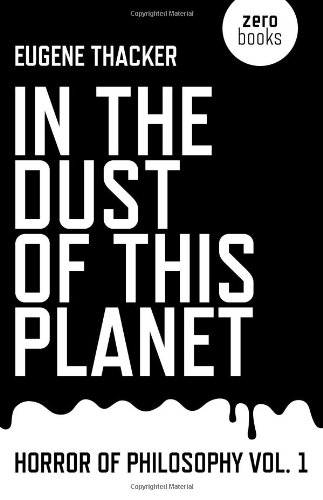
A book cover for In the Dust of This Planet: Horror of Philosophy vol. 1; Eugene Thacker; Politics & Social Sciences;